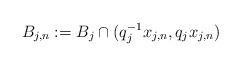
LaTeX: \begin{align*}B_{j, n}:=B_{j}\cap(q_{j}^{-1}x_{j, n}, q_{j}x_{j, n})\end{align*}